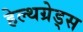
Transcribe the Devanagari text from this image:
हेल्थग्रेड्स